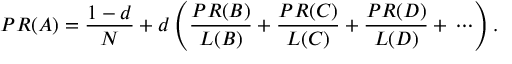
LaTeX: P R ( A ) = { \frac { 1 - d } { N } } + d \left( { \frac { P R ( B ) } { L ( B ) } } + { \frac { P R ( C ) } { L ( C ) } } + { \frac { P R ( D ) } { L ( D ) } } + \, \cdots \right) .